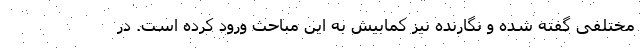
مختلفی گفته شده و نگارنده نیز کمابیش به این مباحث ورود کرده است. در